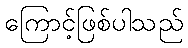
ကြောင့်ဖြစ်ပါသည်